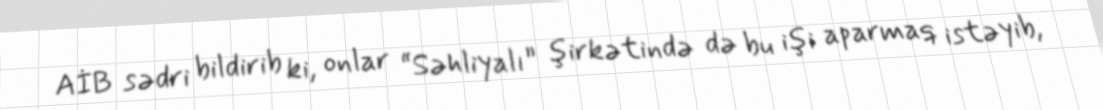
AİB sədri bildirib ki, onlar “Səhliyalı” şirkətində də bu işi aparmaq istəyib,